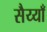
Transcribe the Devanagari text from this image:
सैय्याँ